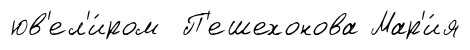
юв'ел'и́ром П'ешехонова Мар'и́я